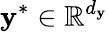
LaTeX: \boldsymbol{\mathbf{y}}^{*}\in\mathbb{{R}}^{d_{\mathbf{y}}}